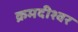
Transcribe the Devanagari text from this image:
क्रमदीश्वर